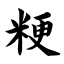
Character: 粳